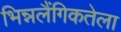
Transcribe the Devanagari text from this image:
भिन्नलैंगिकतेला